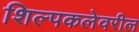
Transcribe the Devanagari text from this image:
शिल्पकलेवरील